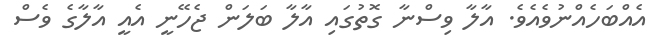
އެއްބަހެއްނުވެއެވެ. އާލާ ވިސްނާ ގޮތުގައި އާލާ ބަލަން ޖެހޭނީ އެއީ އާލާގެ ވެސް